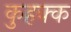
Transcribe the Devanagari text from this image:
कुहक्क